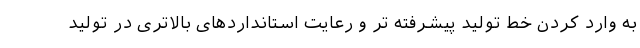
به وارد کردن خط تولید پیشرفته تر و رعایت استانداردهای بالاتری در تولید